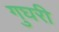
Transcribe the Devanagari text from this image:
गुघरी